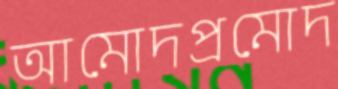
আমোদপ্রমোদ